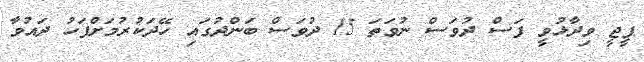
ޕީޖީ ވިދާޅުވީ ފަސް ދުވަސް ނުވަތަ 15 ދުވަސް ބަންދުގައި ހޭދަކުރުމަށްފަހު ދައުވާ